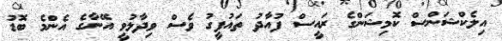
އިލެކްޝަންސް ކޮމިޝަންގެ ރައީސް ފުއާދު ތައުފީގު ވެސް ވިދާޅުވީ އޭނާގެ އެންމެ ބޮޑު